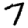
Digit: 7